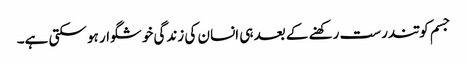
جسم کو تندرست رکھنے کے بعد ہی انسان کی زندگی خوشگوار ہو سکتی ہے۔